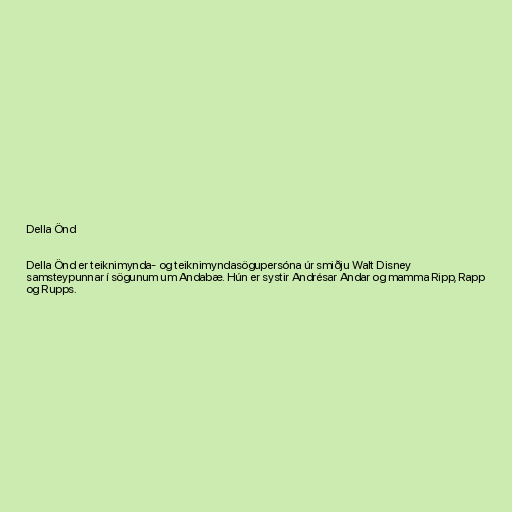
Della Önd

Della Önd er teiknimynda- og teiknimyndasögupersóna úr smiðju Walt Disney
samsteypunnar í sögunum um Andabæ. Hún er systir Andrésar Andar og mamma Ripp, Rapp
og Rupps.